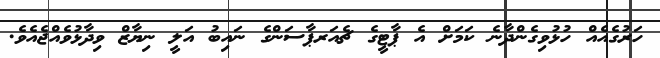
ހަރުގެއެއް ހުޅުވިގެންދާނެ ކަމަށް އެ ޕާޓީގެ ޗެއަރޕާސަންގެ ނައިބު އަލީ ނިޔާޒް ވިދާޅުވެއްޖެއެވެ.